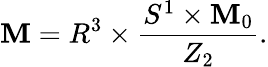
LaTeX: {\cal\mathbf{M}}=R^{3}\times\frac{{S^{1}\times{\cal\mathbf{M}}_{0}}}{{Z_{2}}}.